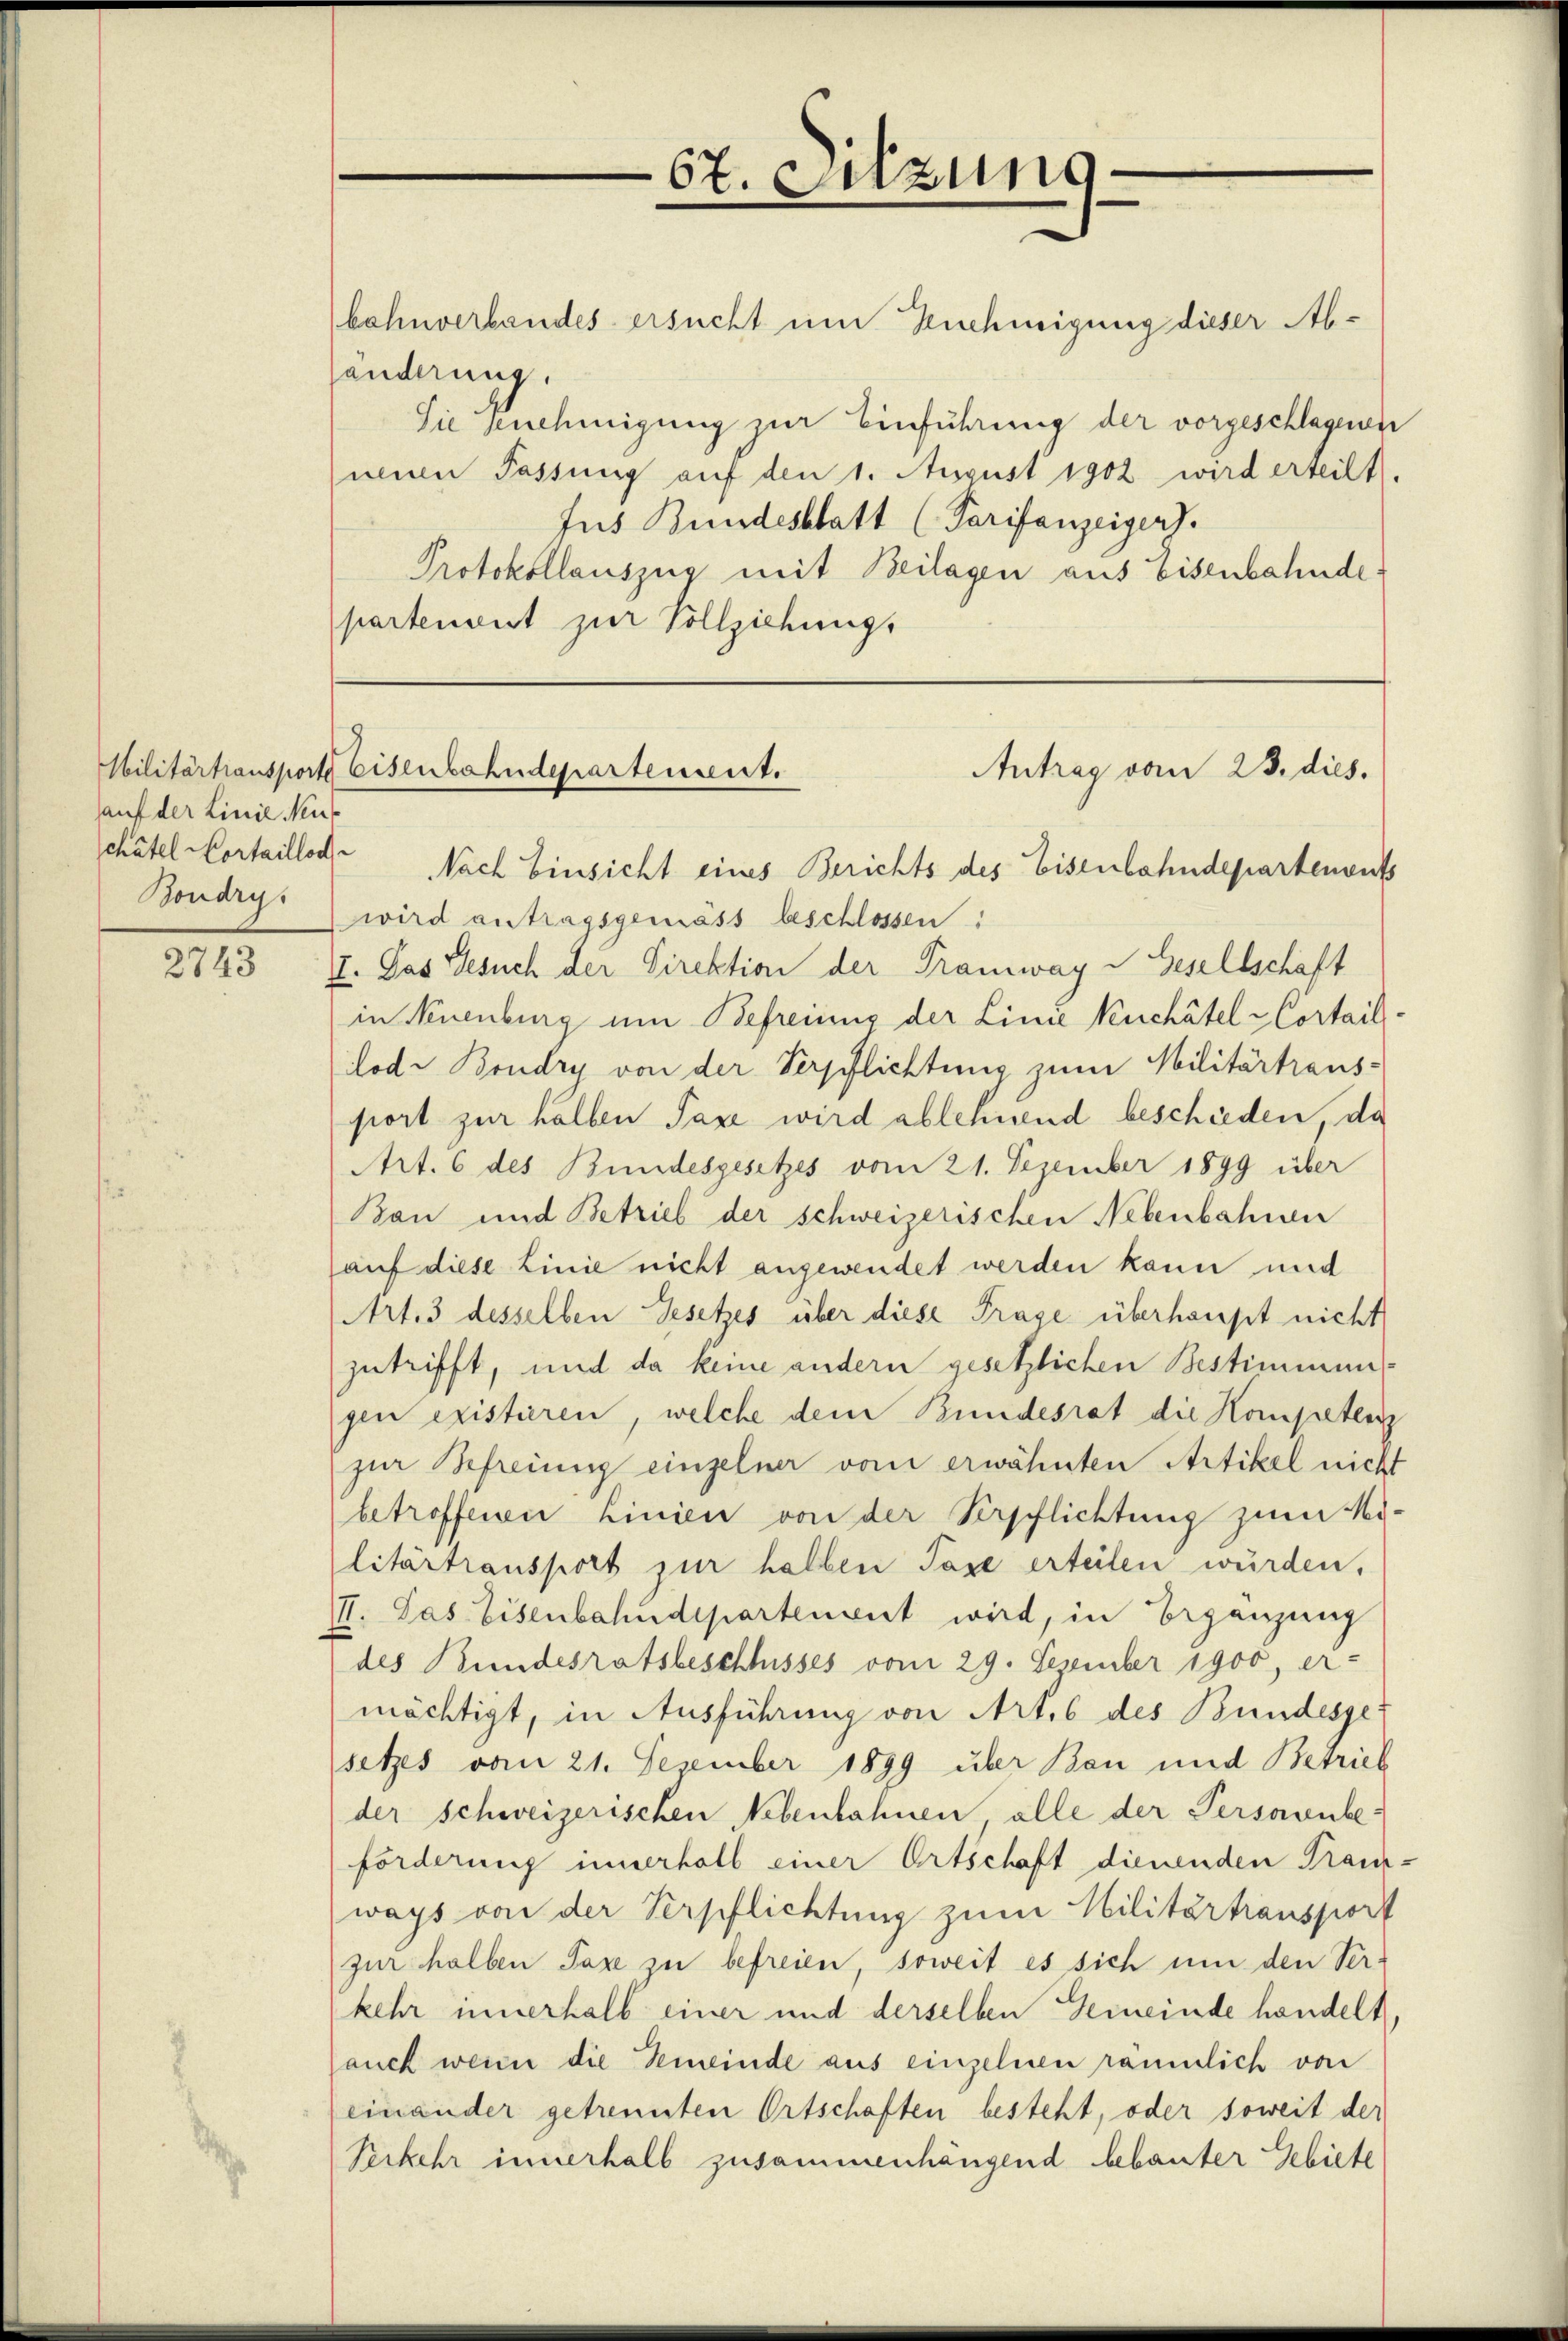
auf der Linie Neu¬
Boudry.

2743

bahnverbandes ersucht um Genehmigung dieser Abhänderung.
Sie knehmigung zur Einführung der vorgeschlagenen
mien Passung auf den 1. August 1902 wird erteilt.
Jus Bundesblatt (Tarifanzeigers.
Protokollauszug mit Beilagen aus Eisenbahnde
partement zur Vollziehungs

wird antragsgemäss beschlossen:
I. Das Gesuch der Direktion der Tramway - Gesellschaft
in Neuenburg um Befreiung der Linie Kuchâtel - Cortail-
Lod. Boudry von der Verpflichtung zum Militärtraus-
port zur halben Taxe wird ablehnend beschieden, da
Art. 6 des Bundesgesetzes vom 21. Dezember 1899 über
Ban und Betrieb der schweizerischen Nebenbahnen
(auf diese Linie nicht angewendet werden kann und
Art. 3 desselben Gesetzes über diese Frage überhaupt nicht
zutrifft, und da keine andern gesetzlichen Bestimmung
gen existieren, welche dem Bundesrat die Kompetenz
zur Befreiung einzelner vom erwähnten Artikel nicht
betroffenen Linien von der Verpflichtung zum Mi-
litärtransport zur halben Taxe erteilen wurden,
II. Das Eisenbahndepartement wird, in Bergänzung
des Bundesratsbeschlusses vom 29. Dezember 1900, er-
mächtigt, in Ausführung von Art. 6 des Bundesge
setzes vom 21. Dezember 1899 über Bau und Betrieb
(der schweizerischen Nebenbahnen, alle der Personenbe-
forderung innerhalb einer Ortschaft dienenden Franz-
ways von der Verpflichtung zum Militärtransport
zur halben Taxe zu befreien, soweit es sich um den Ver-
kehr innerhalb einer und derselben Gemeinde handelt
auch wenn die Gemeinde aus einzelnen räumlich von
einander getrennten Ortschaften besteht, oder soweit der
Verkehr innerhalb zusammenhängend bebauter Gebiete

67. Sitzung

Militärtransporte Eisenbahndepartement.
Antrag vom 23. dies.
châtel Portaillod. Nach Einsicht eines Berichts des Eisenbahndepartements